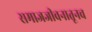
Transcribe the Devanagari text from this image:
समाजजीवनातूनच